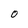
Character: O